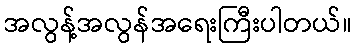
အလွန့်အလွန်အရေးကြီးပါတယ်။